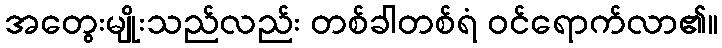
အတွေးမျိုးသည်လည်း တစ်ခါတစ်ရံ ဝင်ရောက်လာ၏။